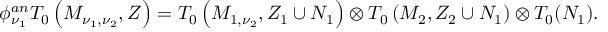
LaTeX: \phi _ { \nu _ { 1 } } ^ { a n } T _ { 0 } \left( M _ { \nu _ { 1 } , \nu _ { 2 } } , Z \right) = T _ { 0 } \left( M _ { 1 , \nu _ { 2 } } , Z _ { 1 } \cup N _ { 1 } \right) \otimes T _ { 0 } \left( M _ { 2 } , Z _ { 2 } \cup N _ { 1 } \right) \otimes T _ { 0 } ( N _ { 1 } ) .